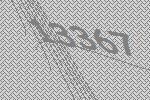
13367